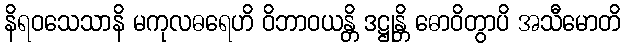
နိရဝသေသာနိ မကုလဓရေဟိ ဝိဘာဝယန္တိ ဒဋ္ဌုန္တိ ဓောဝိတွာပိ အသီမောတိ